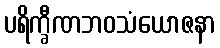
ပရိက္ခီဏဘဝသံယောဇနာ